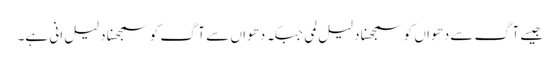
جیسے آگ سے دھواں کو سمجھنا دلیل لمی جبکہ دھواں سے آگ کو سمجھنا دلیل انی ہے۔